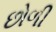
છોળી